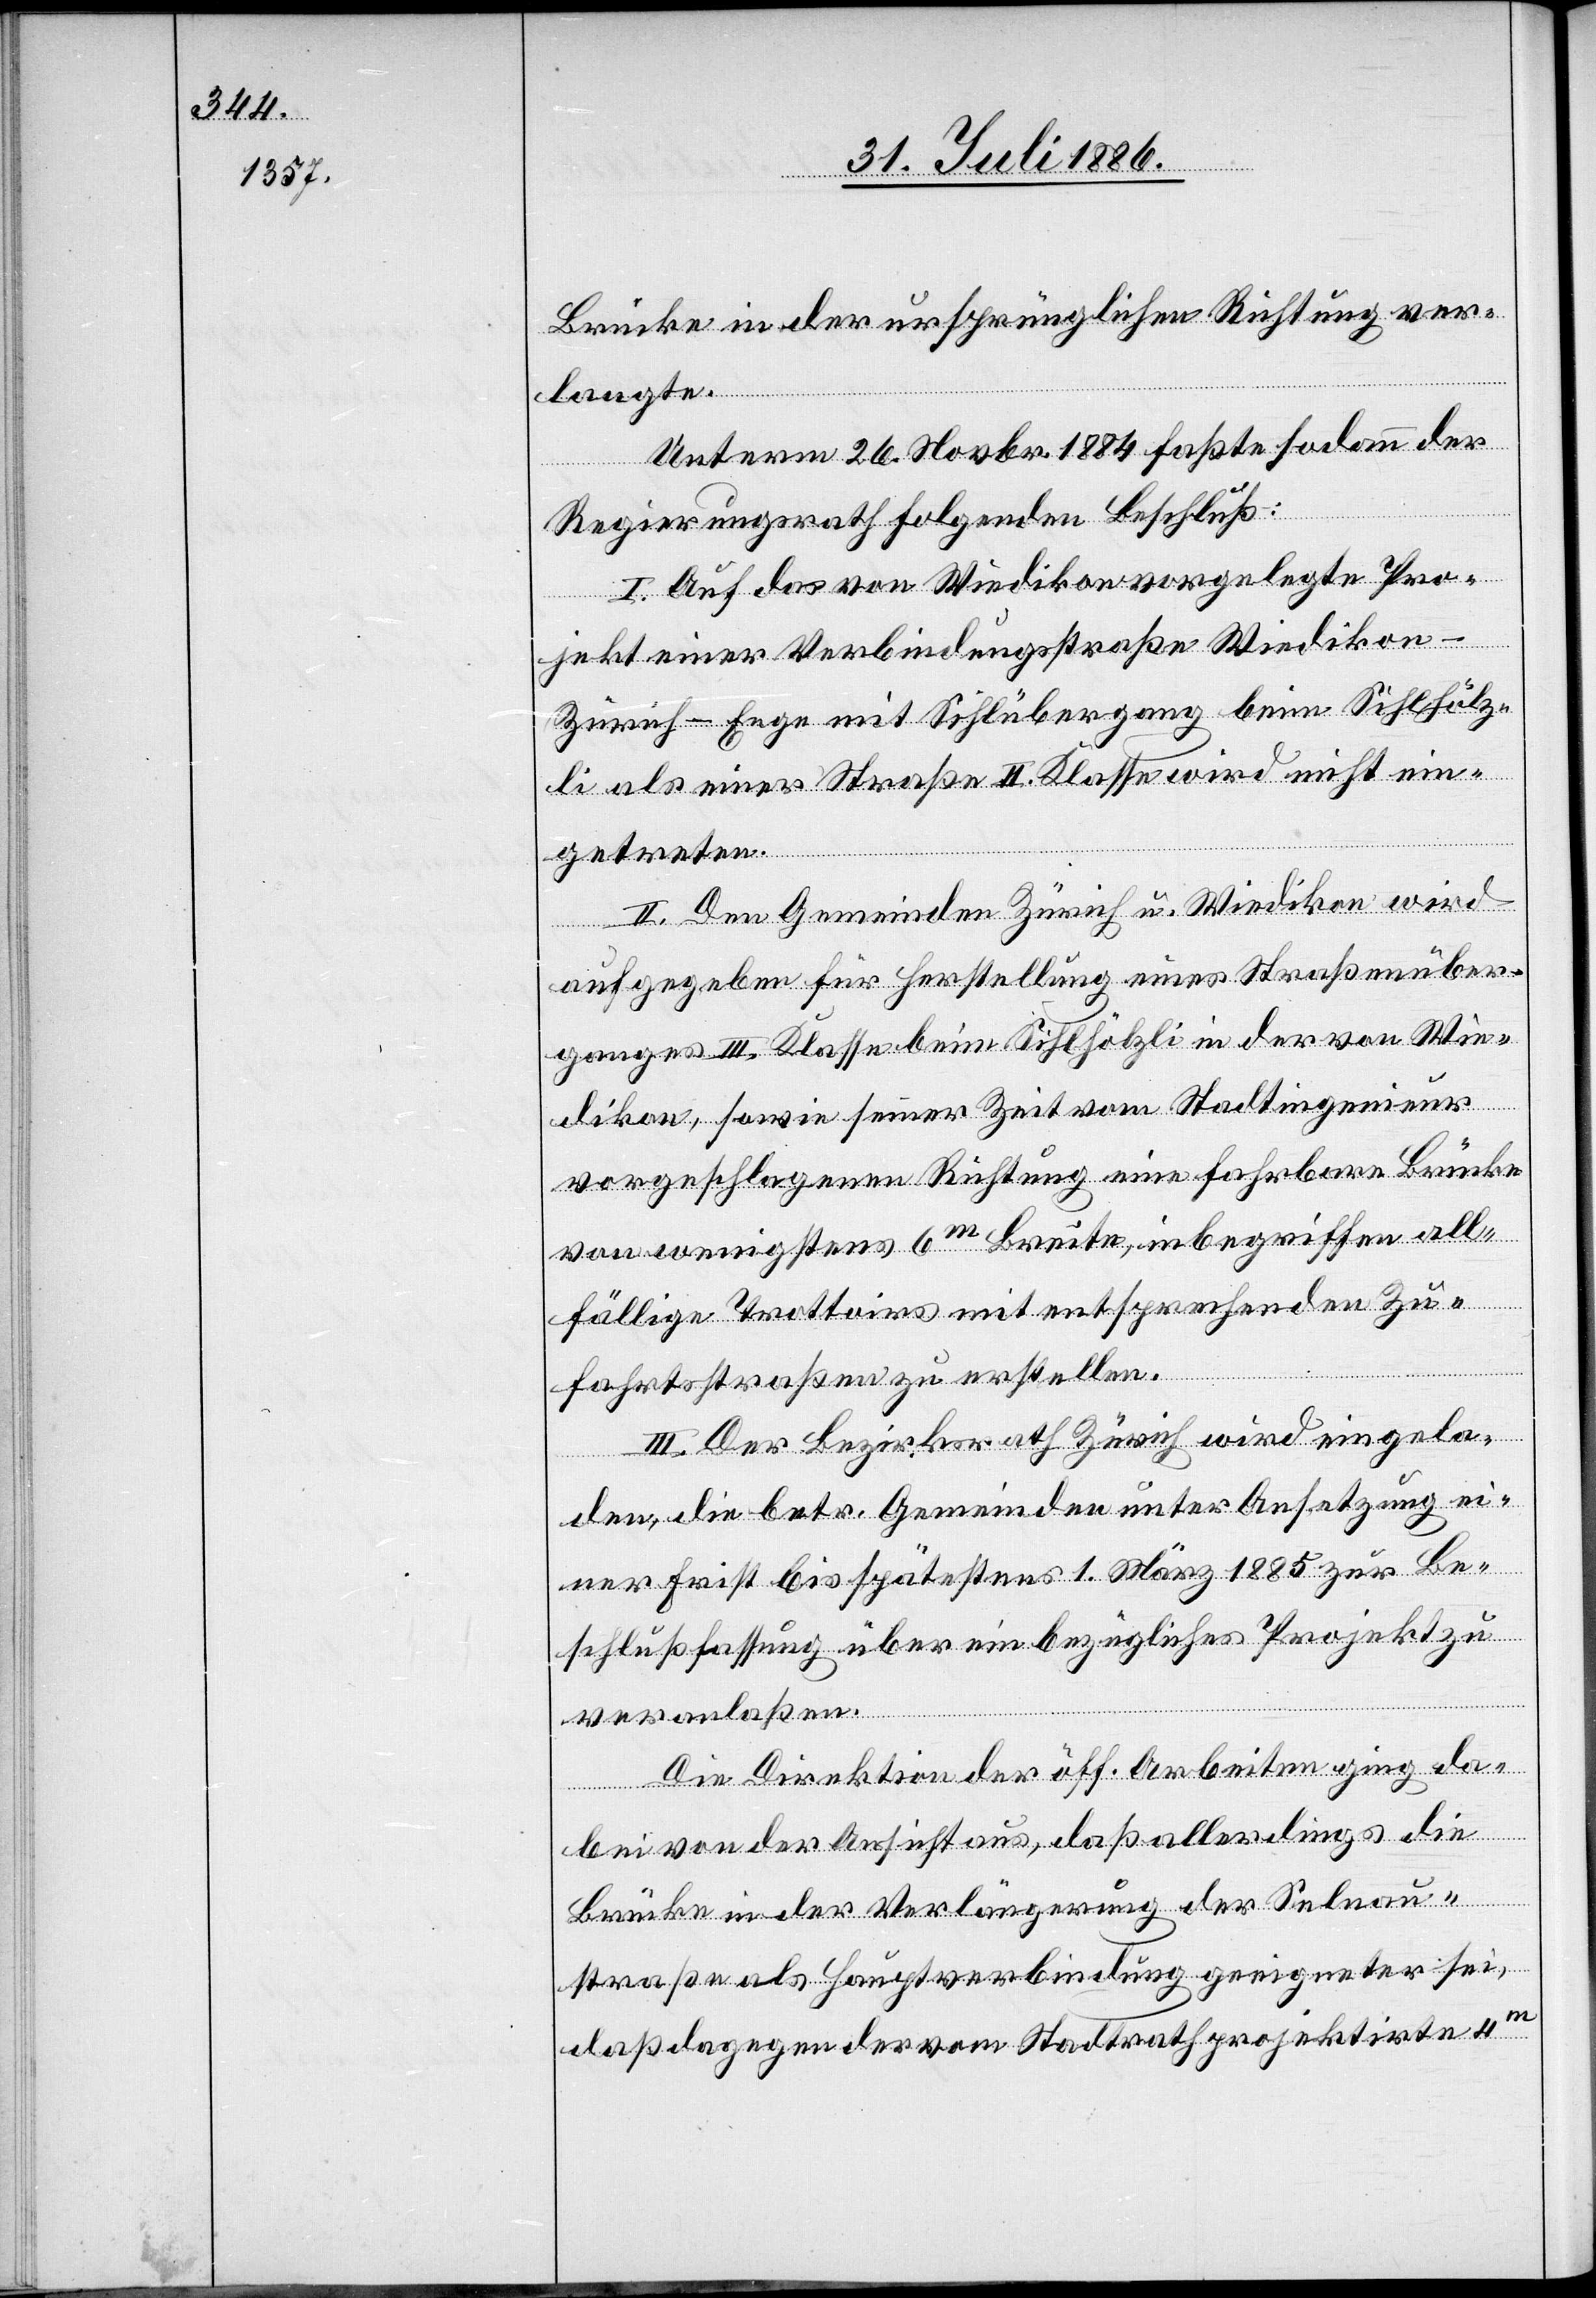
Brücke in der ursprünglichen Richtung ver¬
langte.
Unterm 26. Novbr. 1884 faßte sodann der
Regierungsrath folgenden Beschluß:
I. Auf das von Wiedikon vorgelegte Pro¬
jekt einer Verbindungsstraße Wiediko¬
n–Zürich–Enge mit Sihlübergang beim Sihlhölz¬
li als einer Straße II. Klasse wird nicht ein¬
getreten.
II. Den Gemeinden Zürich u. Wiedikon wird
aufgegeben für Herstellung eines Straßenüber¬
ganges III. Klasse beim Sihlhölzli in der von Wie¬
dikon, sowie seiner Zeit vom Stadtingenieur
vorgeschlagenen Richtung eine fahrbare Brücke
von wenigstens 6m Breite, inbegriffen all¬
fällige Trottoirs mit entsprechenden Zu¬
fahrtsstraßen zu erstellen.
III. Der Bezirksrath Zürich wird eingela¬
den, die betr. Gemeinden unter Ansetzung ei¬
ner Frist bist spätestens 1 März 1885 zur Be¬
schlußfassung über ein bezügliches Projekt zu
veranlaßen.
Die Direktion der öff. Arbeiten ging da¬
bei von der Ansicht aus, daß allerdings die
Brücke in der Verlängerung des Selnau¬
straße als Hauptverbindung geeigneter sei,
daß dagegen der vom Stadtrath projektirte 4m